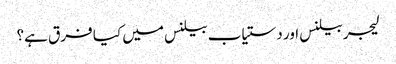
لیجر بیلنس اور دستیاب بیلنس میں کیا فرق ہے؟